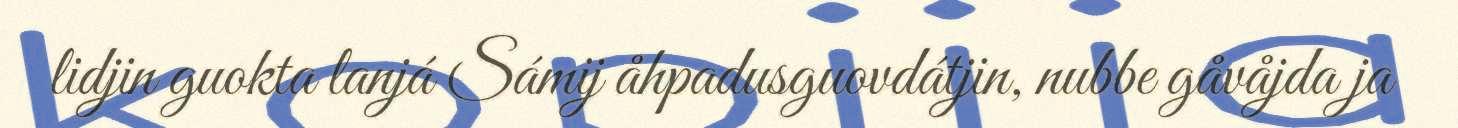
lidjin guokta lanjá Sámij åhpadusguovdátjin, nubbe gåvåjda ja